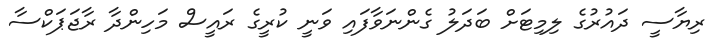
ރިޔާސީ ދައުރުގެ ލިމިޓަށް ބަދަލު ގެންނަވާފައި ވަނީ ކުރީގެ ރައީސް މަހިންދާ ރާޖަޕަކްސާ